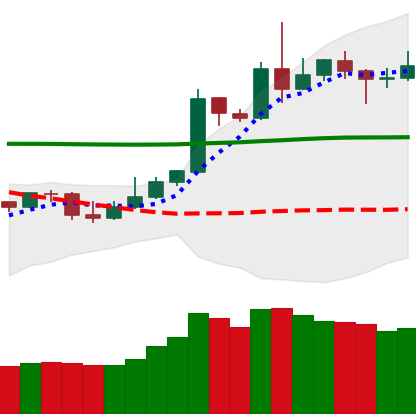
Ticker: DOGE-USD
Chart end date: 2020-05-06
Forward return: -4.587%
Label: down_3_5